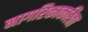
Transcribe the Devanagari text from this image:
नागरिकाकरिता